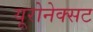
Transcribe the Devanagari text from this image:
यूरोनेक्सट